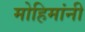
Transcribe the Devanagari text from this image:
मोहिमांनी